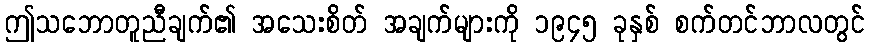
ဤသဘောတူညီချက်၏ အသေးစိတ် အချက်များကို ၁၉၄၅ ခုနှစ် စက်တင်ဘာလတွင်